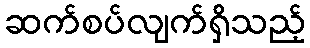
ဆက်စပ်လျက်ရှိသည့်